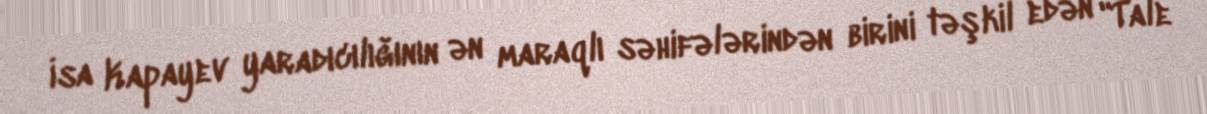
İsa Kapayev yaradıcılığının ən maraqlı səhifələrindən birini təşkil edən "Tale